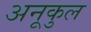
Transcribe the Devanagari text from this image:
अनूकुल